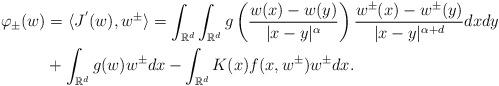
LaTeX: \begin{align*}\varphi_\pm(w)& =\langle J^{'}(w),w^\pm\rangle =\int_{\mathbb{R}^{d}}\int_{\mathbb{R}^{d}}g\left( \frac{w(x)-w(y)}{\vert x-y\vert^{\alpha}}\right)\frac{w^\pm(x)-w^\pm(y)}{\vert x-y\vert^{\alpha +d}}dxdy\\& + \int_{\mathbb{R}^{d}}g(w)w^\pm dx - \int_{\mathbb{R}^{d}} K(x)f(x,w^\pm)w^\pm dx.\end{align*}